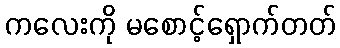
ကလေးကို မစောင့်ရှောက်တတ်